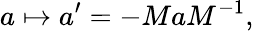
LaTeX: a\mapsto a^{\prime}=-MaM^{-1},